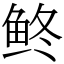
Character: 鿴